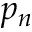
p _ { n }